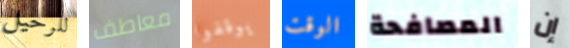
للرحيل معاطف يوقفوا الوقت المصافحة إن